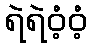
ရဲရဲဝံ့ဝံ့